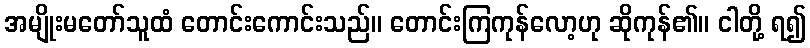
အမျိုးမတော်သူထံ တောင်းကောင်းသည်။ တောင်းကြကုန်လော့ဟု ဆိုကုန်၏။ ငါတို့ ရ၍